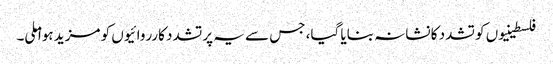
فلسطینیوں کو تشدد کا نشانہ بنایا گیا، جس سے یہ پرتشدد کارروائیوں کو مزید ہوا ملی۔